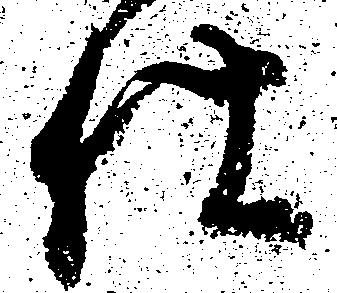
仕